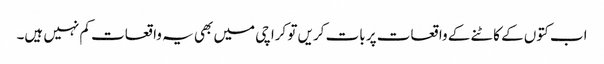
اب کتوں کے کاٹنے کے واقعات پر بات کریں تو کراچی میں بھی یہ واقعات کم نہیں ہیں۔